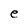
Character: e